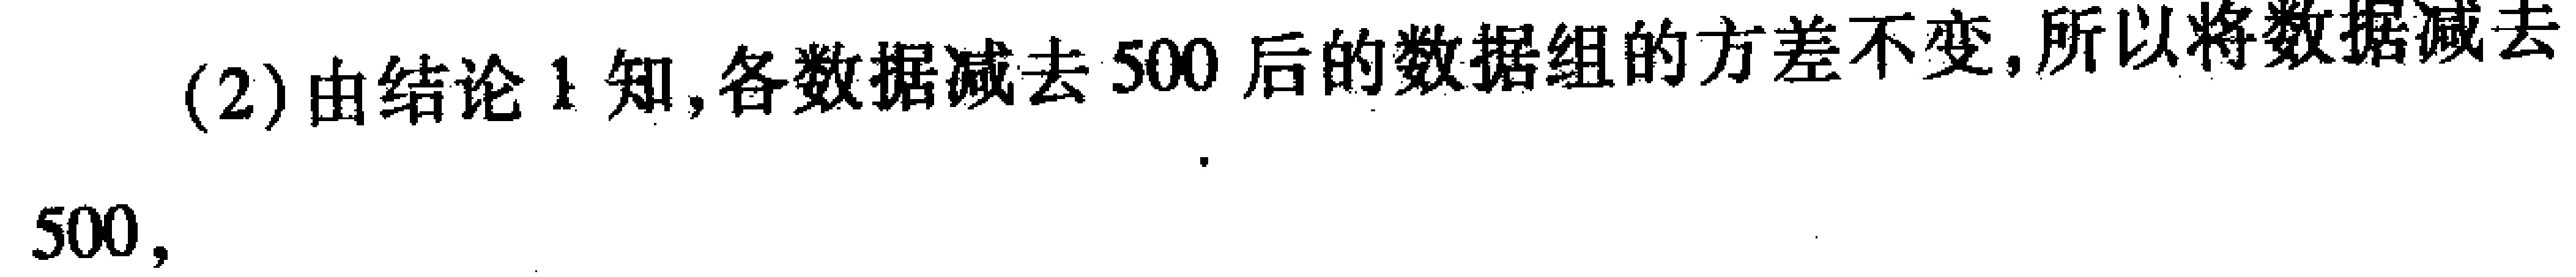
(2)由结论1知,各数据减去500后的数据组的方差不变,所以将数据减去

500,